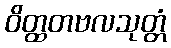
ဝိတ္ထတဗလသုတ္တံ